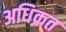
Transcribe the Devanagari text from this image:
अधिक्रत